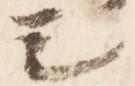
之